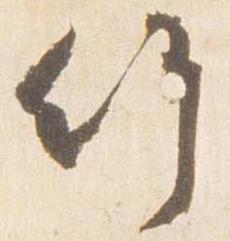
竹